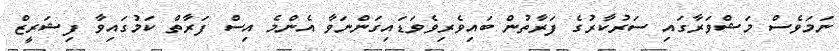
ނަމަވެސް މަޝްވަރާގައި ސަރުކާރުގެ ފަރާތުން ބައިވެރިވެވަޑައިގަންނަވާ އެންމެ އިސް ފަރާތް ކަމުގައިވާ ފިޝަރީޒް